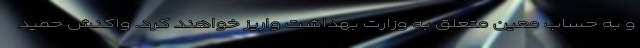
و به حساب معین متعلق به وزارت بهداشت واریز خواهند کرد. واکنش حمید